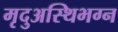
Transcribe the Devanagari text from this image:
मृदुअस्थिभग्न